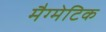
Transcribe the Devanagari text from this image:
मैग्मेटिक